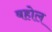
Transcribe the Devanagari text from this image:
बहोल